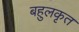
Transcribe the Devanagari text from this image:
बहुलकृत